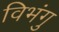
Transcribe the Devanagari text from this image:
विभंगु